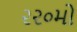
૨૨૦મો